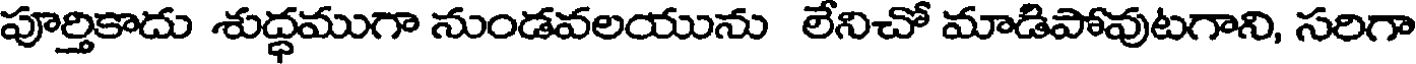
పూర్తికాదు శుద్ధముగా నుండవలయును లేనిచో మాడిపోవుటగాని, సరిగా